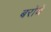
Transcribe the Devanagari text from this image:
बरोये